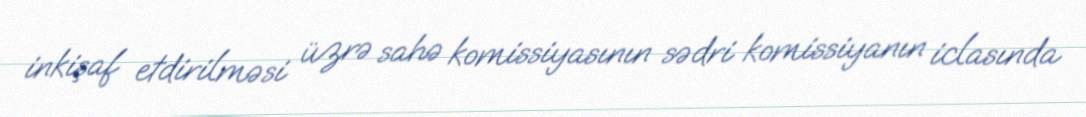
inkişaf etdirilməsi üzrə sahə komissiyasının sədri komissiyanın iclasında